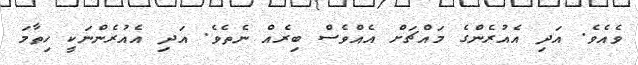
ވެއެވެ. އަދި އެއުރެންގެ މައްޗަށް އެއްވެސް ބިރެއް ނެތެވެ. އަދި އެއުރެންނަކީ ހިތާމަ